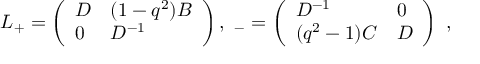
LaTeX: L _ { + } = \left( \begin{array} { l l } { { D } } & { { ( 1 - q ^ { 2 } ) B } } \\ { { 0 } } & { { D ^ { - 1 } } } \end{array} \right) , \ \L _ { - } = \left( \begin{array} { l l } { { D ^ { - 1 } } } & { { 0 } } \\ { { ( q ^ { 2 } - 1 ) C } } & { { D } } \end{array} \right) \ ,